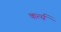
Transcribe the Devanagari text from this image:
कर्त्य